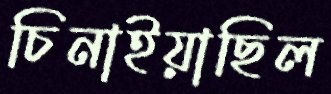
চিনাইয়াছিল